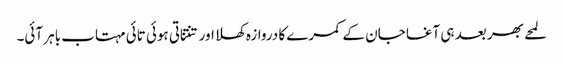
لمحے بھر بعد ہی آغا جان کے کمرے کا دروازہ کھلا اور تنتناتی ہوئی تائی مہتاب باہر آئی۔